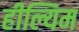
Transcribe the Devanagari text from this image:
हील्यिम